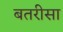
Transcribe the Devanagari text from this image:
बतरीसा